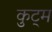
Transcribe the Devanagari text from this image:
कुट्म